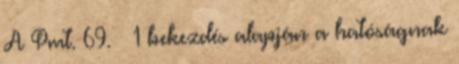
A Pmt. 69. § 1 bekezdés alapján a hatóságnak